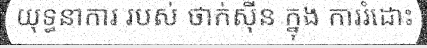
យុទ្ធនាការ របស់ ថាក់ស៊ីន ក្នុង ការរំដោះ